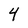
Character: 4